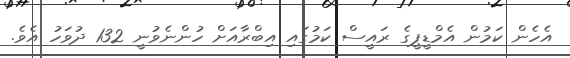
އެހެން ކަމުން އެމްޑީޕީގެ ރައީސް ކަމުގައި އިބްރާއަށް ހުންނެވުނީ 132 ދުވަހު އެވެ.